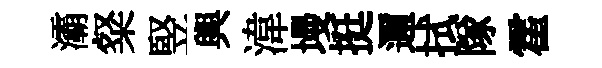
灞粲竪輿湋墁挺邇拭隊霍